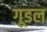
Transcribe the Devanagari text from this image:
गूडल